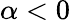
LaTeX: \alpha<0